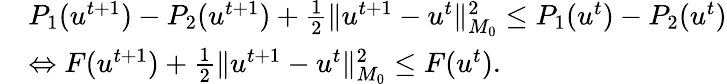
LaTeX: \begin{array}{rl}&{P_{1}(u^{t+1})-P_{2}(u^{t+1})+\frac{1}{2}\| u^{t+1}-u^{t}\| _{M_{0}}^{2}\leq P_{1}(u^{t})-P_{2}(u^{t})}\\ &{\Leftrightarrow F(u^{t+1})+\frac{1}{2}\| u^{t+1}-u^{t}\| _{M_{0}}^{2}\leq F(u^{t}).}\end{array}